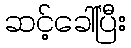
ဆင့်ခေါ်ပြီး